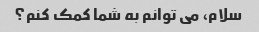
سلام، می توانم به شما کمک کنم؟